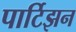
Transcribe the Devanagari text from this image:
पार्टिझन